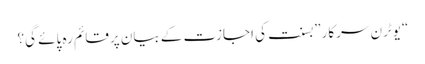
“یوٹرن سرکار”بسنت کی اجازت کے بیان پرقائم رہ پائے گی؟